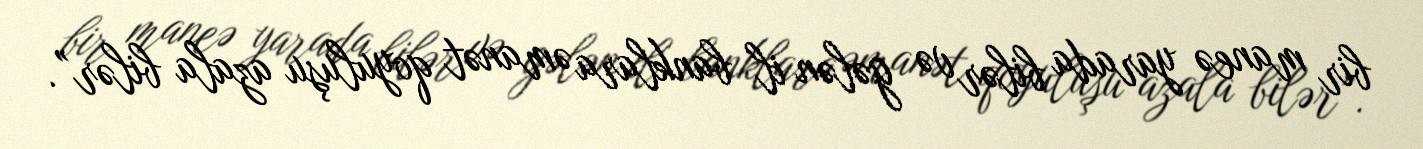
bir maneə yarada bilər və gələn il banklara əmanət qoyuluşu azala bilər”.